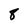
Character: 8